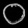
Digit: ၀